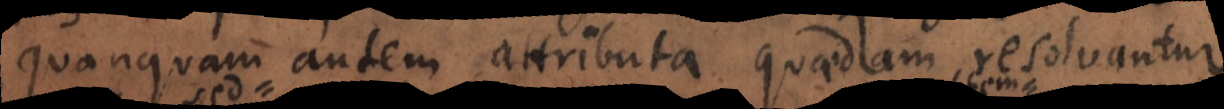
Quanquam autem attributa quaedam resolvantur